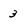
Character: 3